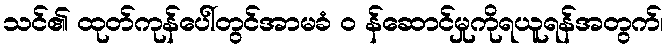
သင်၏ ထုတ်ကုန်ပေါ်တွင်အာမခံ ၀ န်ဆောင်မှုကိုရယူရန်အတွက်၊